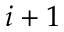
i + 1